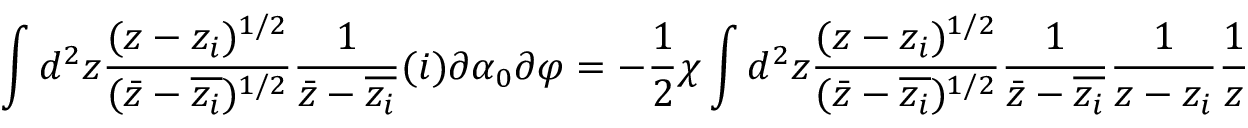
\int d ^ { 2 } z \frac { ( z - z _ { i } ) ^ { 1 / 2 } } { ( \bar { z } - \overline { { z _ { i } } } ) ^ { 1 / 2 } } \frac { 1 } { \bar { z } - \overline { { z _ { i } } } } ( i ) \partial \alpha _ { 0 } \partial \varphi = - \frac { 1 } { 2 } \chi \int d ^ { 2 } z \frac { ( z - z _ { i } ) ^ { 1 / 2 } } { ( \bar { z } - \overline { { z _ { i } } } ) ^ { 1 / 2 } } \frac { 1 } { \bar { z } - \overline { { z _ { i } } } } \frac { 1 } { z - z _ { i } } \frac { 1 } { z }